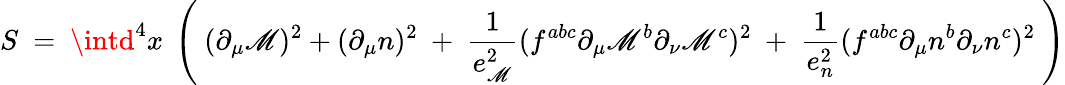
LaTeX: S\ =\ \intd^{4}x\ \left(\ (\partial_{\mu}\mathscr{M})^{2}+(\partial_{\mu}n)^{2}\ +\ \frac{{1}}{{e_{\mathscr{M}}^{2}}}(f^{abc}\partial_{\mu}\mathscr{M}^{b}\partial_{\nu}\mathscr{M}^{c})^{2}\ +\ \frac{{1}}{{e_{n}^{2}}}(f^{abc}\partial_{\mu}n^{b}\partial_{\nu}n^{c})^{2}\ \right)